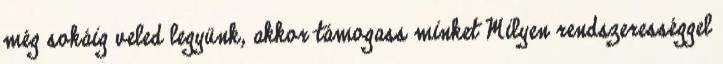
még sokáig veled legyünk, akkor támogass minket Milyen rendszerességgel